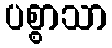
ပစ္စာသာ